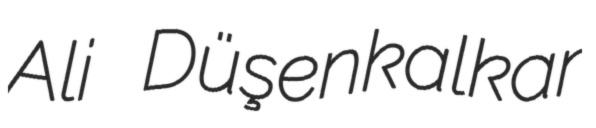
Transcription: Ali Düşenkalkar